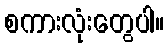
စကားလုံးတွေပါ။